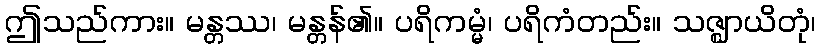
ဤသည်ကား။ မန္တဿ၊ မန္တန်၏။ ပရိကမ္မံ၊ ပရိကံတည်း။ သဇ္ဈာယိတုံ၊